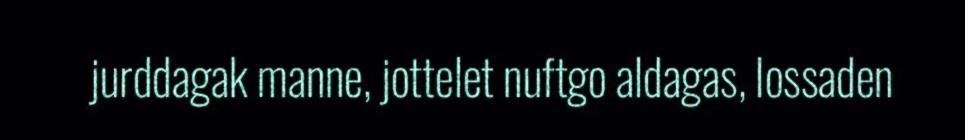
jurddagak manne, jottelet nuftgo aldagas, lossaden